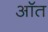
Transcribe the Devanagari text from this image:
ऑत